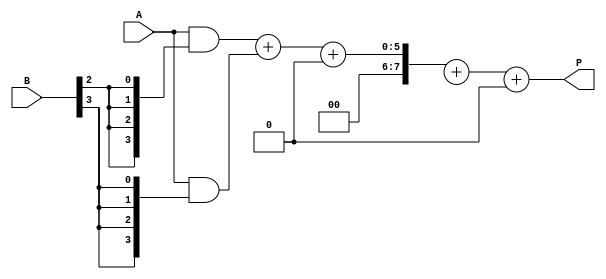
module WallaceTreeMultiplier #(parameter n = 4, m = 4)(
    input [n-1:0] A,  // Multiplicand
    input [m-1:0] B,  // Multiplier
    output reg [n+m-1:0] P // Product
);

// Partial Product Generation
wire [n-1:0] PP[m-1:0];  // Partial Products

generate
    genvar i;
    for (i = 0; i < m; i = i + 1) begin : pp_gen
        assign PP[i] = A & {n{B[i]}}; // Generate each Partial Product
    end
endgenerate

// Wallace Tree Reduction
wire [n+m-1:0] S[m-1:0]; // Sum wires
wire [m-1:0] C[m-1:0];    // Carry wires
wire [n+m-1:0] sum, carry; // Final Outputs

// Reduction logic: Assuming 3-to-2 compression using Full and Half Adders
generate
    genvar j;
    for (j = 0; j < m-1; j = j + 1) begin : reduction
        if (j == 0) begin
            // First row (only addition)
            assign S[j] = PP[0] + PP[1];
            assign C[j] = 0; // No carry from previous operation
        end
        else if (j < n) begin
            // 3 inputs: PP[j], PP[j+1], and previous carry
            wire [n+m-1:0] p_sum;
            wire [n+m-1:0] p_carry;
            wire [n+m-1:0] p_full_sum;
            wire [n+m-1:0] p_full_carry;

            // Full Adder for 3 inputs
            assign {p_full_carry, p_full_sum} = PP[j] + PP[j+1] + C[j-1];
            assign S[j] = p_full_sum;
            assign C[j] = p_full_carry;
        end
    end
endgenerate

// Final Summation of last two rows to get the product
always @(*) begin
    P = S[m-2] + S[m-1] + carry[m-2]; // Final product calculation
end

endmodule